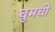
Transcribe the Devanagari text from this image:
घुमची